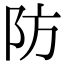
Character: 防